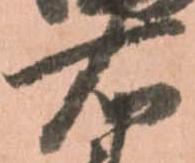
右